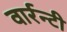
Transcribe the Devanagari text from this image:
वार्रन्टी